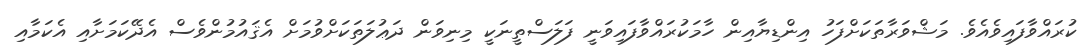
ކުރައްވާފައިވެއެވެ. މަޝްވަރާތަކަށްފަހު އިންޑިޔާއިން ހާމަކުރައްވާފައިވަނީ ފަލަސްތީނަކީ މިނިވަން ދަޢުލަތަކަށްވުމަށް އެޤައުމުންވެސް އެދޭކަމަށާއި އެކަމާއި